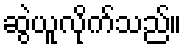
ဆွဲယူလိုက်သည်။